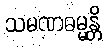
သမဏဓမ္မန္တိ